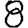
Digit: 8